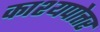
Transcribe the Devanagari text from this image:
काश्यपोत्तर